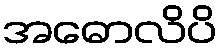
အဓောလိပိ